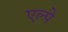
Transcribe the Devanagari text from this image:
एल्पे